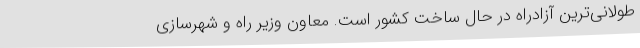
طولانی‌ترین آزادراه در حال ساخت کشور است. معاون وزیر راه و شهرسازی